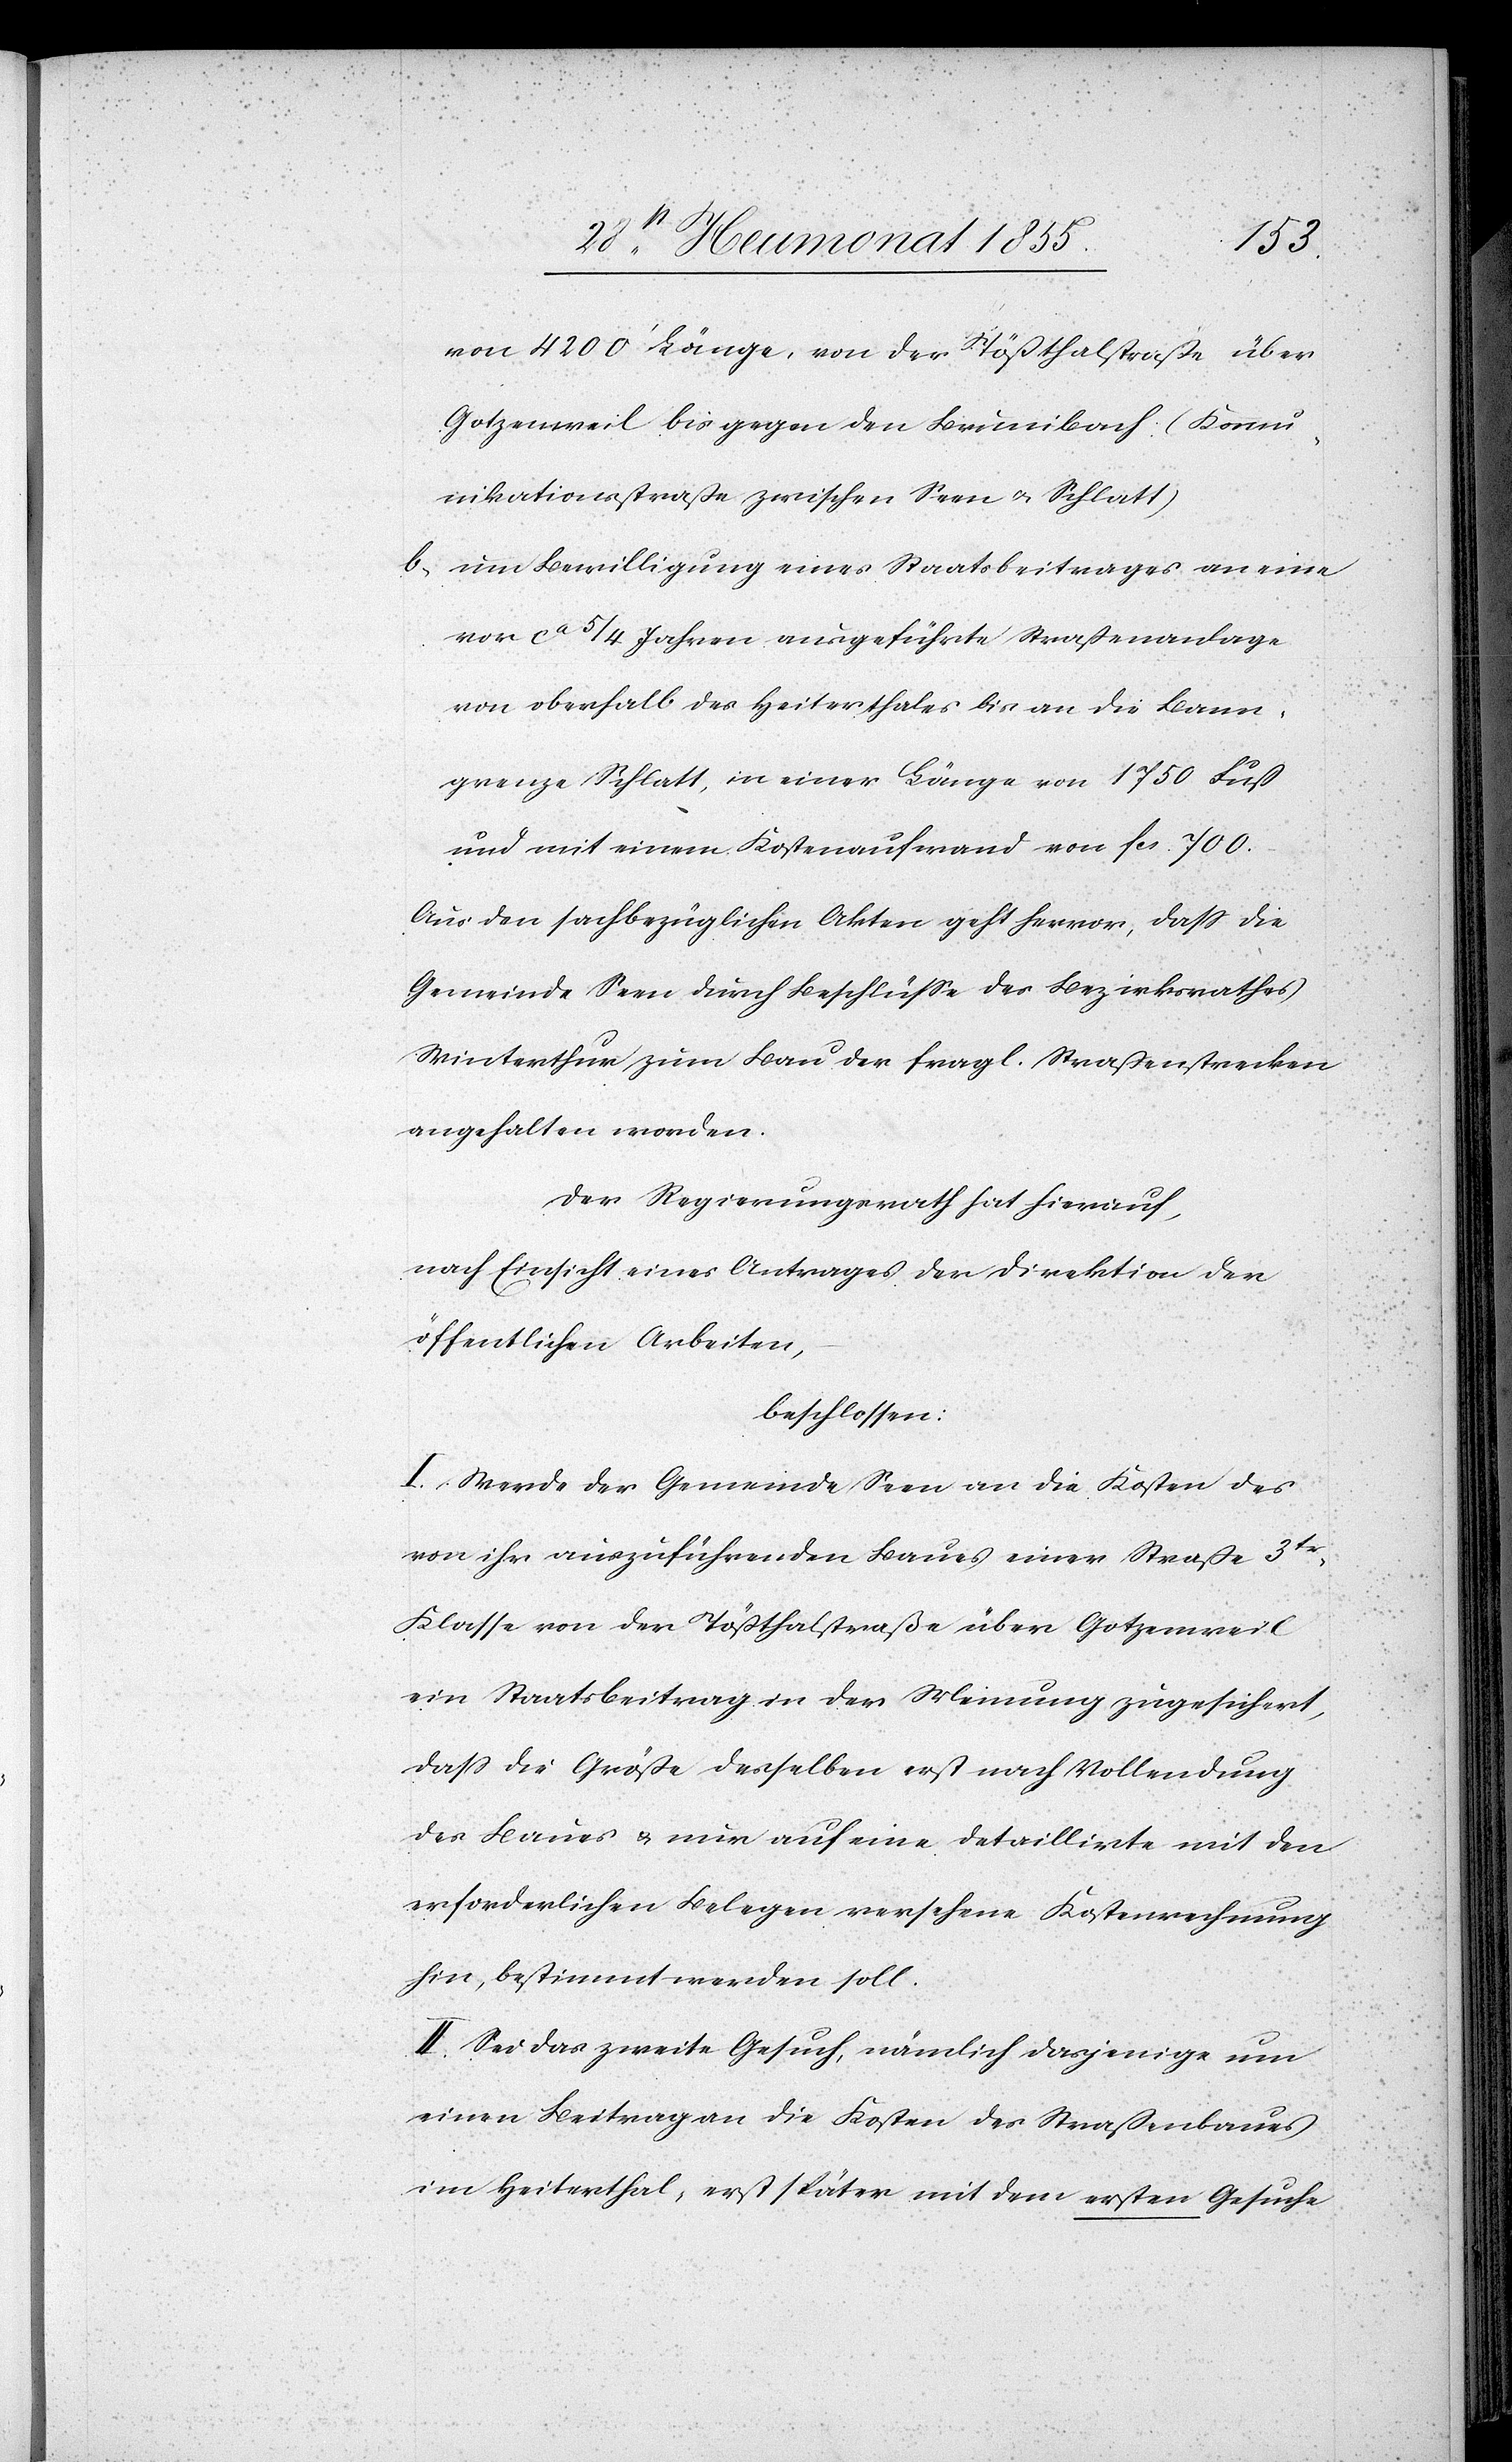
von 4200‘ Länge, von der Tößthalstraße über
Gotzenweil bis gegen den Brunibach (Kommu¬
nikationsstraße zwischen Seen & Schlatt)
um Bewilligung eines Staatsbeitrages an eine
vor ca 5/4 Jahren ausgeführte Straßenanlage
von oberhalb des Heiterthales bis an die Bann¬
grenze Schlatt, in einer Länge von 1750 Fuß
und mit einem Kostenaufwand von Fcs. 700.
Aus den sachbezüglichen Akten geht hervor, dass die
Gemeinde Seen durch Beschlüsse des Bezirksrathes
Winterthur zum Bau der fragl. Straßenstrecken
angehalten worden.
Der Regierungsrath hat hierauf,
nach Einsicht eines Antrages der Direktion der
öffentlichen Arbeiten,
beschlossen:
I. Werde der Gemeinde Seen an die Kosten des
von ihr auszuführenden Baues einer Straße 3tr
Klasse von der Tößthalstraße über Gotzenweil
ein Staatsbeitrag in der Meinung zugesichert,
dass die Größe desselben erst nach Vollendung
des Baues & nur auf eine detaillirte mit den
erforderlichen Belegen versehene Kostenrechnung
hin, bestimmt werden soll.
II. Sei das zweite Gesuch, nämlich dasjenige um
einen Beitrag an die Kosten des Straßenbaues
im Heiterthal, erst später mit dem ersten Gesuche